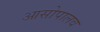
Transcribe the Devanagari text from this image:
आसोपालव